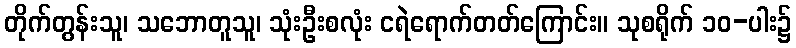
တိုက်တွန်းသူ၊ သဘောတူသူ၊ သုံးဦးစလုံး ငရဲရောက်တတ်ကြောင်း။ သုစရိုက် ၁၀-ပါး၌